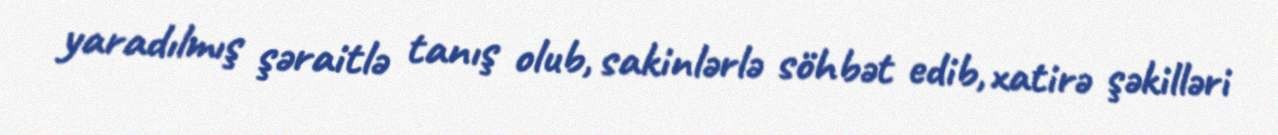
yaradılmış şəraitlə tanış olub, sakinlərlə söhbət edib, xatirə şəkilləri